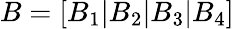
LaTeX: B=[B_{1}|B_{2}|B_{3}|B_{4}]